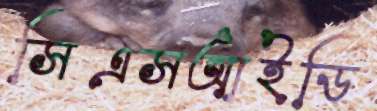
সিএসআইডি